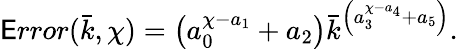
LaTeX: \mathsf{E}rror(\bar{{k}},\chi)=\left(a_{0}^{\chi-a_{1}}+a_{2}\right)\bar{{k}}^{\left(a_{3}^{\chi-a_{4}}+a_{5}\right)}.